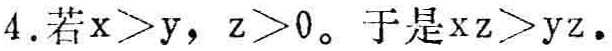
4.若\(x > y\)，\(z > 0\)。于是\(xz > yz\)。